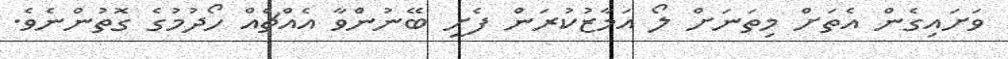
ވަށައިގެން އެތަށް މިތަނަށް ލޯ އަމާޒުކުރަން ފެށީ ބޭނުންވާ އެއްޗެއް ހޯދުމުގެ ގޮތުންނެވެ.